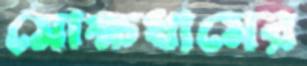
মোক্ষধামের